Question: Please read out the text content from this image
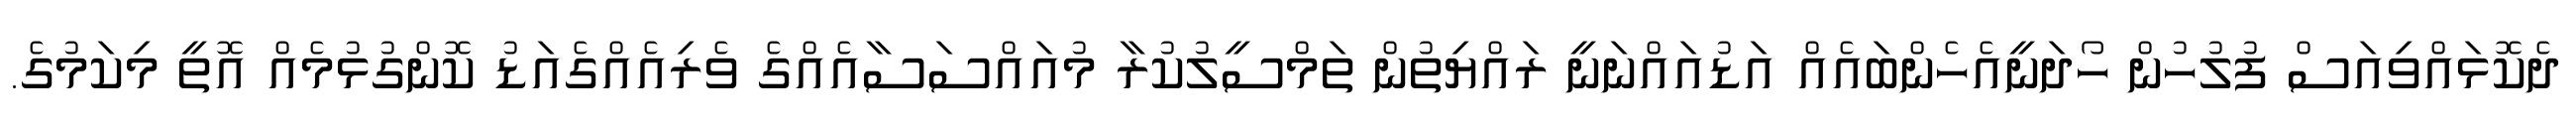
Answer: ދެކޮޅައްވިއަސް ފުލުހުން ހޯދަނީއެހެންބައެއް އަޑުއައްނަނީ ރައްޔިތުން ތަމްސީލުކުރާ މުއައްސަސާއެއްގެ ވެރިއެއްގެއަޑު ކޮންގުޅުމެއް އޮތީ މިކަމުގެ.